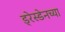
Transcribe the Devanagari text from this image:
ड्रेस्डेनच्या